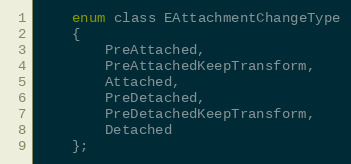
Language: C
	enum class EAttachmentChangeType
	{
		PreAttached,
		PreAttachedKeepTransform,
		Attached,
		PreDetached,
		PreDetachedKeepTransform,
		Detached
	};